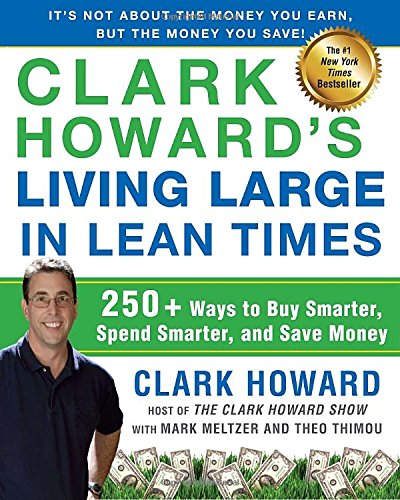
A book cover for Clark Howard's Living Large in Lean Times: 250+ Ways to Buy Smarter, Spend Smarter, and Save Money; Clark Howard; Reference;